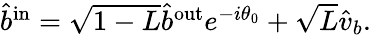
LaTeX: \begin{array}{r}{\hat{b}^{\mathrm{{in}}}=\sqrt{1-L}\hat{b}^{\mathrm{{out}}}e^{-i\theta_{0}}+\sqrt{L}\hat{v}_{b}.}\end{array}